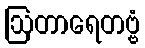
ဩတာရေတဗ္ဗံ